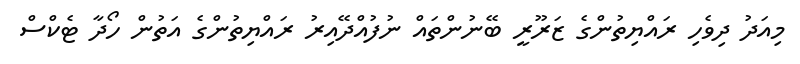
މިއަދު ދިވެހި ރައްޔިތުންގެ ޒަރޫރީ ބޭނުންތައް ނުފުއްދޭއިރު ރައްޔިތުންގެ އަތުން ހޯދާ ޓެކްސް